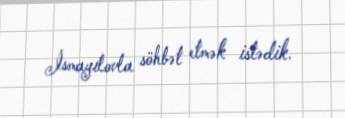
İsmayılovla söhbət etmək istədik.